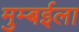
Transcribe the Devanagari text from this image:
मुम्बईला